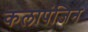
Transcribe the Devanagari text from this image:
कलापंजिन